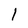
Character: 1